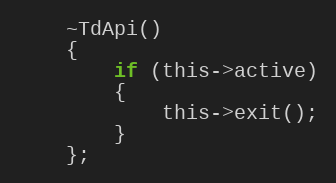
Language: C
	~TdApi()
	{
		if (this->active)
		{
			this->exit();
		}
	};